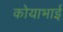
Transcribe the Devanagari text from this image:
कोयाभाई